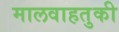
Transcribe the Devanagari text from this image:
मालवाहतुकी